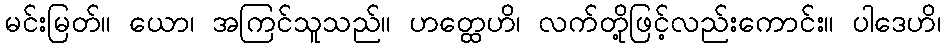
မင်းမြတ်။ ယော၊ အကြင်သူသည်။ ဟတ္ထေဟိ၊ လက်တို့ဖြင့်လည်းကောင်း။ ပါဒေဟိ၊